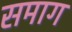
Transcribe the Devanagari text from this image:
समाग